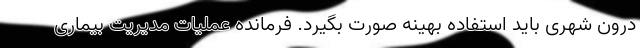
درون شهری باید استفاده بهینه صورت بگیرد. فرمانده عملیات مدیریت بیماری